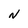
Character: N